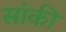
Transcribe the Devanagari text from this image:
सांकी